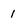
Character: 1